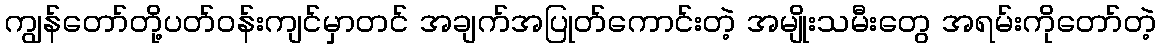
ကျွန်တော်တို့ပတ်ဝန်းကျင်မှာတင် အချက်အပြုတ်ကောင်းတဲ့ အမျိုးသမီးတွေ အရမ်းကိုတော်တဲ့